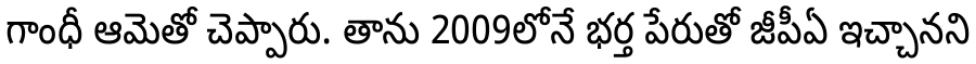
గాంధీ ఆమెతో చెప్పారు. తాను 2009లోనే భర్త పేరుతో జీపీఏ ఇచ్చానని